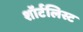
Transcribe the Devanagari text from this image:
शॉर्टलिस्ट